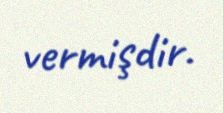
vermişdir.